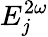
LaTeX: E_{j}^{2\omega}